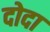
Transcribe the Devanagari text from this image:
दोदा